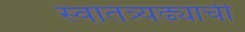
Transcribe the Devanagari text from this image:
स्वातंत्र्यढ्याची